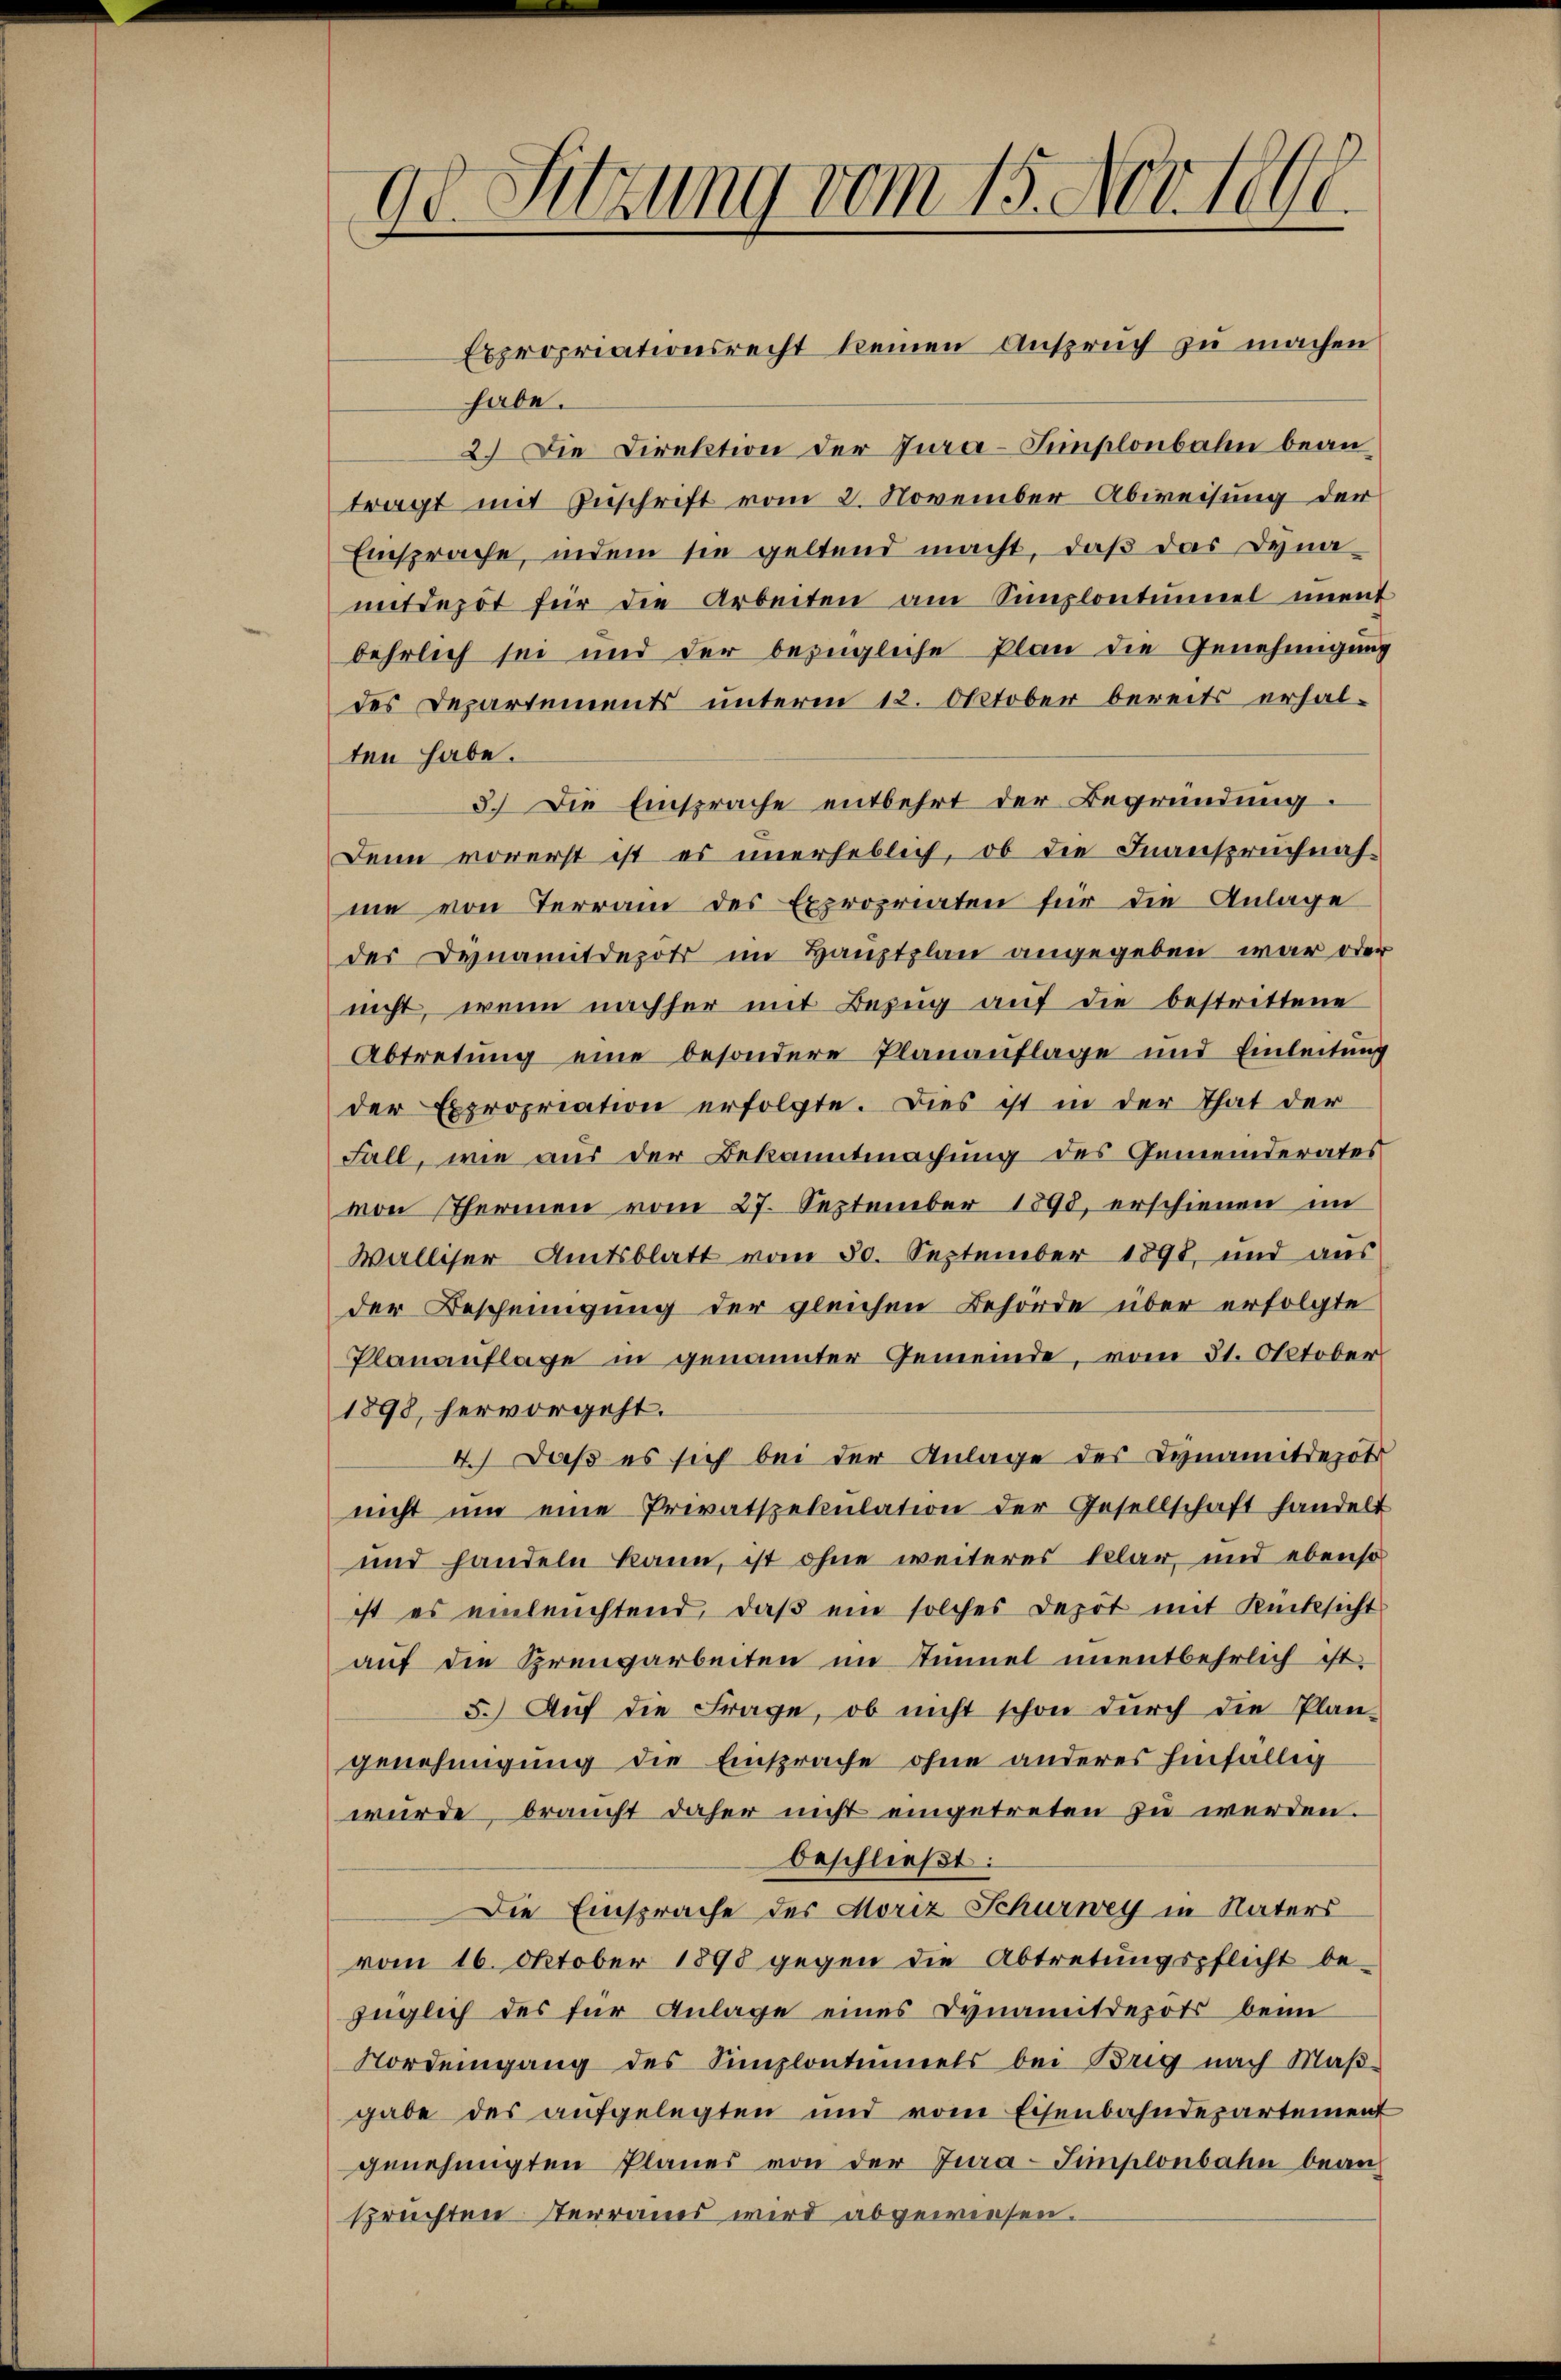
od. Sitzung vom 15. Nov. 1890.

Expropriationsrecht keinen Anspruch zu machen
habe.
2.) Die Direktion der Jura-Simplonbahn beantragt mit Zuschrift vom 2. November Abweisung der
Einsprache, indem sie geltend macht, daß das Dyna-
mitdepot für die Arbeiten am Semplontŭmel unent
behrlich sei und der bezügliche Plan die Genehmigung
des Departements unterm 12. Oktober bereits erhalten habe.
3.) Die Einsprache entbehrt der Begründung.
Denn vorerst ist es unerheblich, ob die Inanspruchnahme von Terrain des Expropriaten für die Anlage
der Dynamitdepot im Hauptplan angegeben war oder
nicht, wenn nachher mit Bezŭg aŭf die bestrittene
Abtretung eine besondere Planauflage und Einleitung
der Expropriation erfolgte. Dies ist in der That der
Fall, wie aus der Bekanntmachung des Gemeinderates
von Thermen vom 27. September 1893, erschienen im
Walliser Amtsblatt vom 30. September 1891, und aus
der Bescheinigung der gleichen Behörde über erfolgte
Planauflage in genannter Gemeinde, vom 21. Oktober
1898, hervorgeht.
4.) Daß es sich bei der Anlage des Kynamitdepot
nicht ŭm eine Privatspekulation der Gesellschaft handelt
und handeln kann, ist ohne weiteres klar, und ebenso
ist es einleuchtend, daβ ein solches Depot mit Rücksicht
auf die Sprengarbeiten im Immel unentbehrlich ist
5.) Auf die Frage, ob nicht schon durch die Plan-
genehmigung die Einsprache ohne anderes hinfällig
würde, braucht daher nicht eingetreten zŭ werden.
beschließt:
Die Einsprache des Moriz Schurwey in Naters
vom 16. Oktober 1898 gegen die Abtretungspflicht be-
füglich des für Anlage eines Dynamitdepots beim
Nord eingang des Simplontinels bei Brig nach Maβ-
gabe des aŭfgelegten und vom Eisenbahndepartement
genehmigten Planes von der Jura-Simplonbahn bean-
sprüchten Sterranes wird abgewiesen.